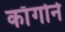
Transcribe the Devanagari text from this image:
काँगोने